画像に写った文字を読んでください
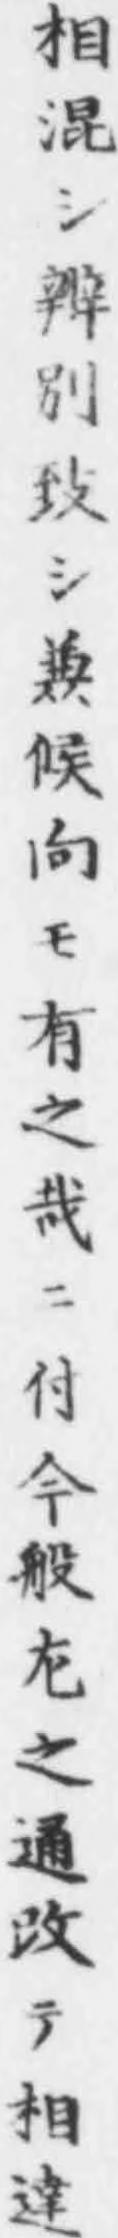
「相混シ辨別致シ兼候向モ有之哉ニ付今般㔫之通改テ相達」と書いてあります